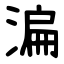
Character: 㴜